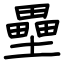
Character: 壘